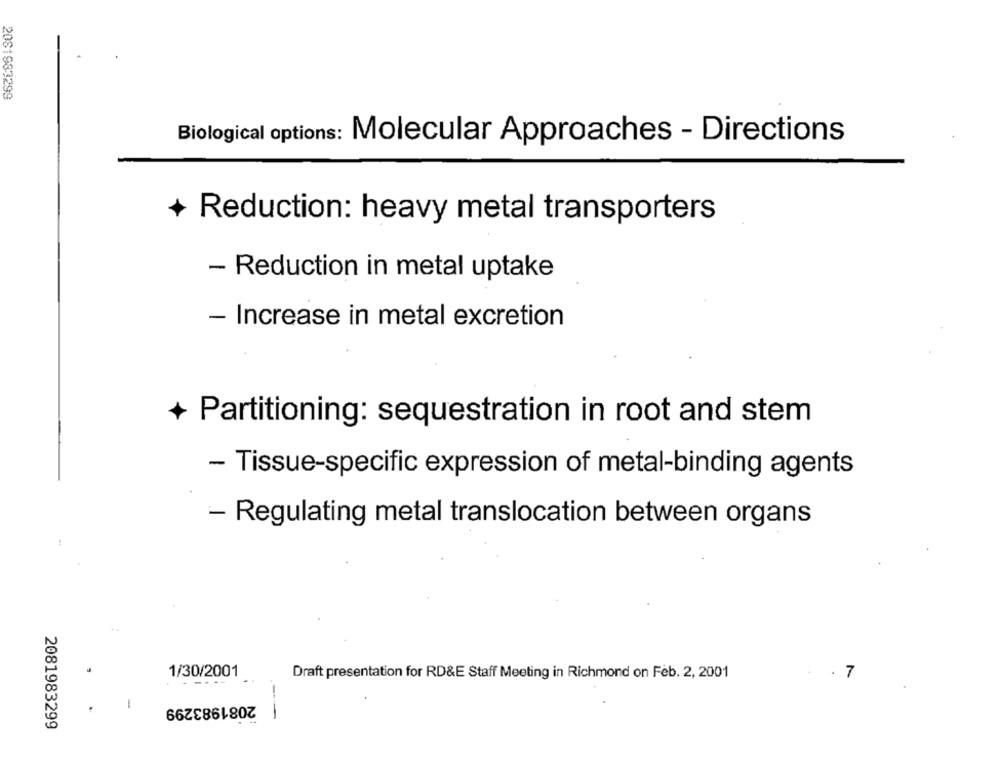
2061983299
Biological options: Molecular Approaches - Directions
+
Reduction: heavy metal transporters
- Reduction in metal uptake
- Increase in metal excretion
Partitioning: sequestration in root and stem
- Tissue-specific expression of metal-binding agents
- Regulating metal translocation between organs
1/30/2001
Draft presentation for RD&E Staff Meeting in Richmond on Feb. 2, 2001
. 7
2081983299
2081983299